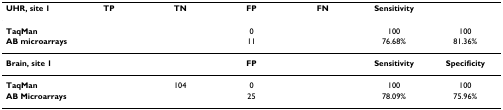
<table><thead><tr><td><b>UHR, site 1</b></td><td><b>TP</b></td><td><b>TN</b></td><td><b>FP</b></td><td><b>FN</b></td><td><b>Sensitivity</b></td><td>[EMPTY_CELL]</td></tr></thead><tbody><tr><td><b>TaqMan</b></td><td>[EMPTY_CELL]</td><td>[EMPTY_CELL]</td><td>0</td><td>[EMPTY_CELL]</td><td>100</td><td>100</td></tr><tr><td><b>AB microarrays</b></td><td>[EMPTY_CELL]</td><td>[EMPTY_CELL]</td><td>11</td><td>[EMPTY_CELL]</td><td>76.68%</td><td>81.36%</td></tr><tr><td><b>Brain, site 1</b></td><td>[EMPTY_CELL]</td><td>[EMPTY_CELL]</td><td><b>FP</b></td><td>[EMPTY_CELL]</td><td><b>Sensitivity</b></td><td><b>Specificity</b></td></tr><tr><td><b>TaqMan</b></td><td>[EMPTY_CELL]</td><td>104</td><td>0</td><td>[EMPTY_CELL]</td><td>100</td><td>100</td></tr><tr><td><b>AB Microarrays</b></td><td>[EMPTY_CELL]</td><td>[EMPTY_CELL]</td><td>25</td><td>[EMPTY_CELL]</td><td>78.09%</td><td>75.96%</td></tr></tbody></table>